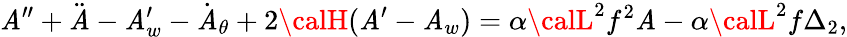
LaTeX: {\cal\mathit{A}}^{\prime\prime}+\ddot{{{\cal\mathit{A}}}}-{\cal\mathit{A}}_{w}^{\prime}-\dot{{{\cal\mathit{A}}}}_{\theta}+2{\calH}({\cal\mathit{A}}^{\prime}-{\cal\mathit{A}}_{w})=\alpha{\calL}^{2}f^{2}{\cal\mathit{A}}-\alpha{\calL}^{2}f\Delta_{2},